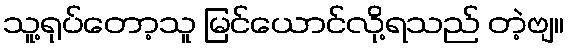
သူ့ရုပ်တော့သူ မြင်ယောင်လို့ရသည် တဲ့ဗျ။